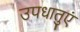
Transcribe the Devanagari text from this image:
उपधातुएं